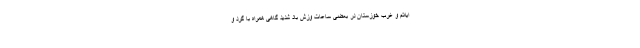
ایلام و غرب خوزستان در بعضی ساعات وزش باد شدید گاهی همراه با گرد و